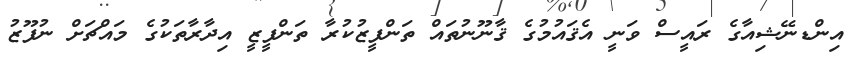
އިންޑނޭޝިއާގެ ރައީސް ވަނީ އެޤައުމުގެ ޤާނޫނުތައް ތަންފީޒުކުރާ ތަންފީޒީ އިދާރާތަކުގެ މައްޗަށް ނުފޫޒު